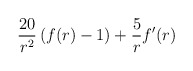
\begin{align*}{20 \over r^2} \, (f(r)-1) + {5 \over r} f'(r)\end{align*}